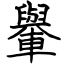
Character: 轝